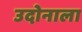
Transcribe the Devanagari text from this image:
उदोनाला